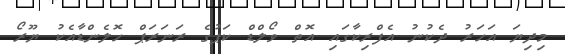
މިދިޔަ އަހަރު ދެކުނު އެފްރިކާގައި އޮތް ވޯލްޑް ކަޕުގެ ރަނަރަޕް ހޮލެންޑާއެކު ޔޫރޯ